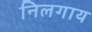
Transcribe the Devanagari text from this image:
निलगाय